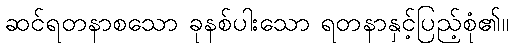
ဆင်ရတနာစသော ခုနစ်ပါးသော ရတနာနှင့်ပြည့်စုံ၏။